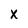
Character: x